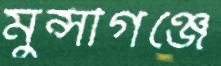
মুন্সীগঞ্জে